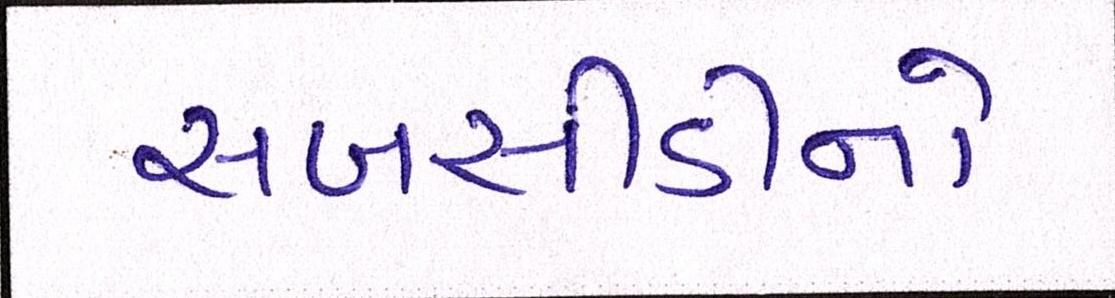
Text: સબસીડીનો